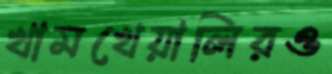
খামখেয়ালিরও